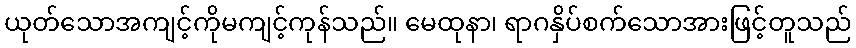
ယုတ်သောအကျင့်ကိုမကျင့်ကုန်သည်။ မေထုနာ၊ ရာဂနှိပ်စက်သောအားဖြင့်တူသည်